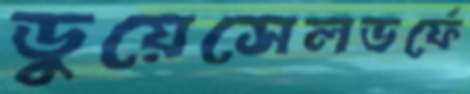
ডুয়েসেলডর্ফে